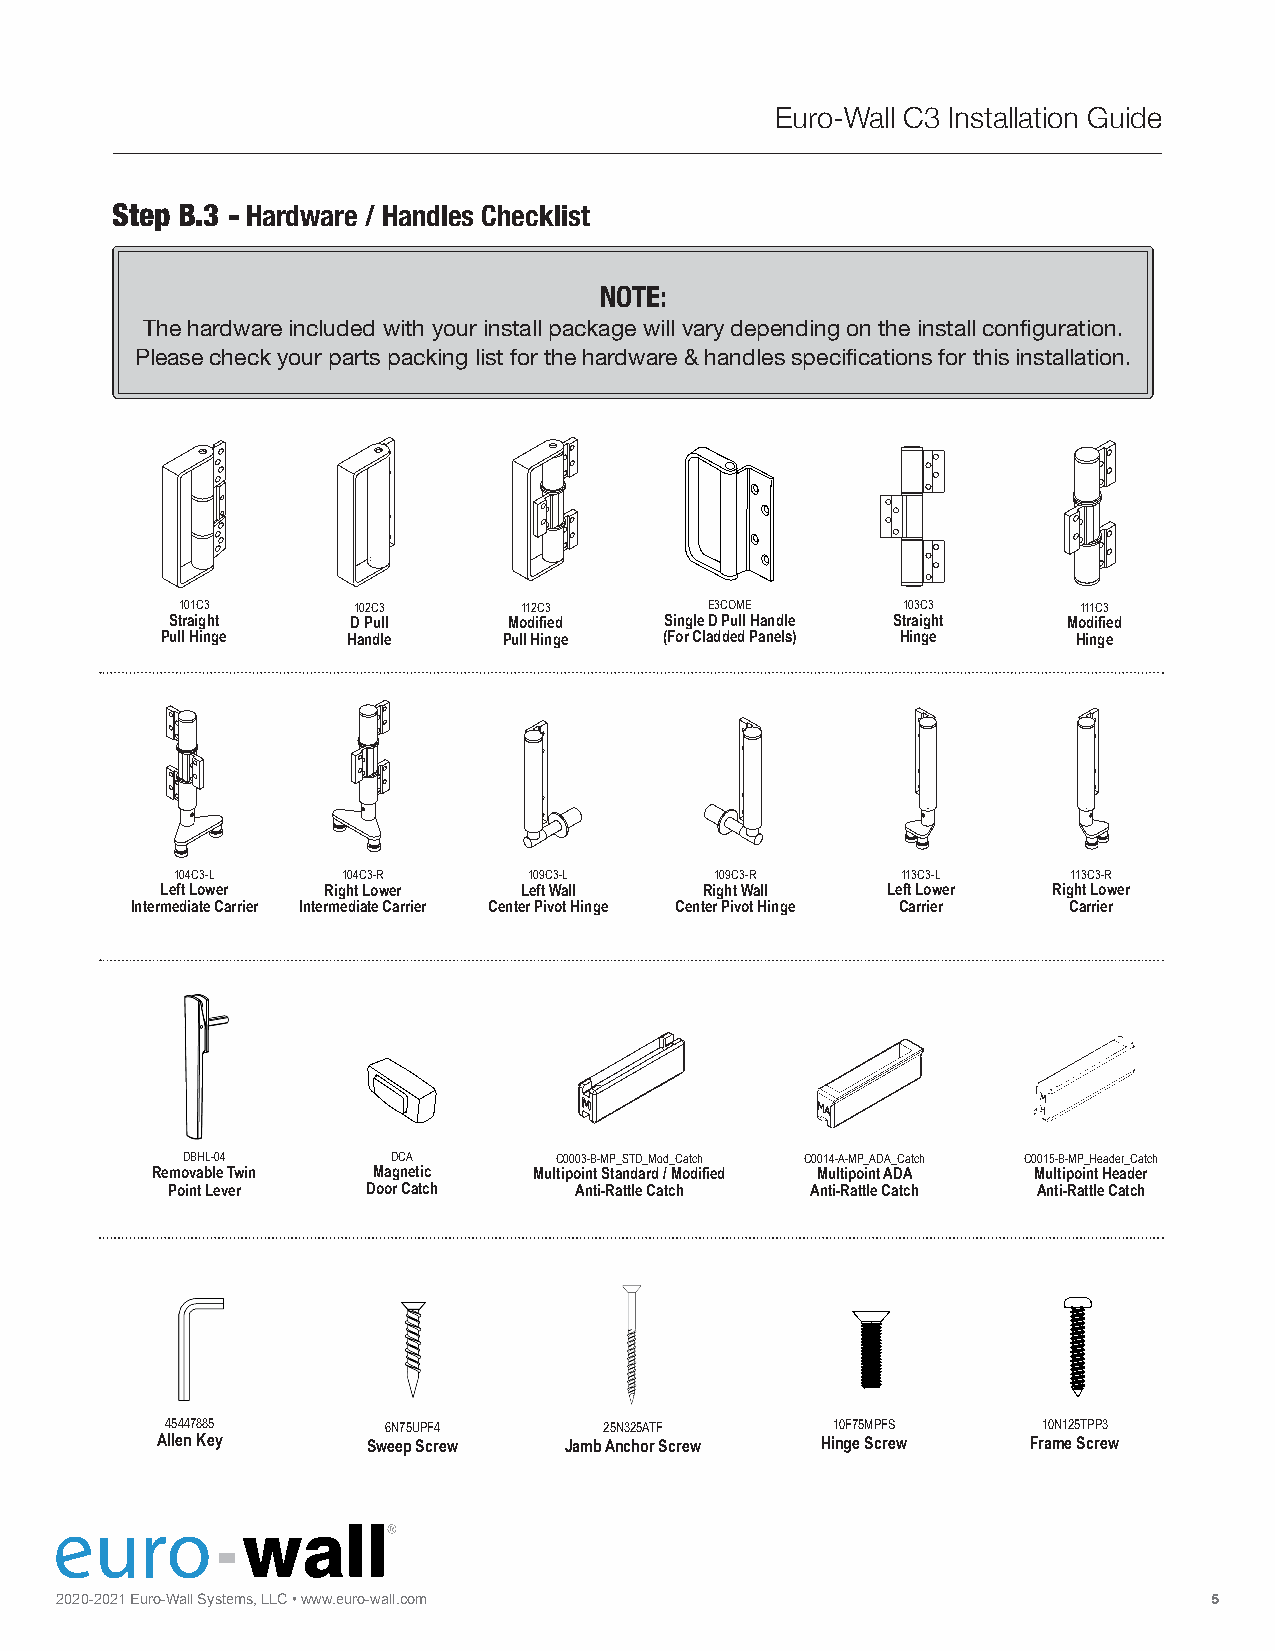
Euro-Wall C3 Installation Guide
 Step B.3 - Hardware / Handles Checklist
 NOTE:
 The hardware included with your install package will vary depending on the install configuration.
 Please check your parts packing list for the hardware & handles specifications for this installation.
 101C3      102C3      112C3        E3COME       103C3      111C3
 Straight    D Pull     Modified  Single D Pull Handle Straight Modified
 Pull Hinge  Handle    Pull Hinge (For Cladded Panels) Hinge Hinge
 104C3-L    104C3-R     109C3-L     109C3-R      113C3-L    113C3-R
 Left Lower Right Lower Left Wall    Right Wall  Left Lower Right Lower
 Intermediate Carrier Intermediate Carrier Center Pivot Hinge Center Pivot Hinge Carrier Carrier
 DBHL-04       DCA        C0003-B-MP_STD_Mod_Catch C0014-A-MP_ADA_Catch C0015-B-MP_Header_Catch
 Removable Twin Magnetic  Multipoint Standard / Modified Multipoint ADA Multipoint Header
 Point Lever  Door Catch    Anti-Rattle Catch Anti-Rattle Catch Anti-Rattle Catch
 45447885       6N75UPF4      25N325ATF      10F75MPFS     10N125TPP3
 Allen Key     Sweep Screw  Jamb Anchor Screw Hinge Screw  Frame Screw
 2020 FO-2 L0 D2 I1
 N
 E Gu r|o S-W LIa Dll
 I
 NS Gys t|e m STs A, CL KL IC
 N
 G• w |w Pw I. Ve Ou Tro-wall.com                             5